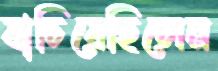
যাচিয়েছিলেন